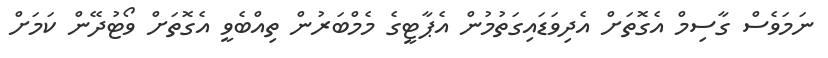
ނަމަވެސް ގާސިމް އެގޮތަށް އެދިވަޑައިގަތުމުން އެޕާޓީގެ މެމްބަރުން ތިއްބެވީ އެގޮތަށް ވޯޓުދޭން ކަމަށް